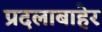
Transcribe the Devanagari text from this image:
प्रदलाबाहेर